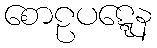
စောဠပဋ္ဋေန